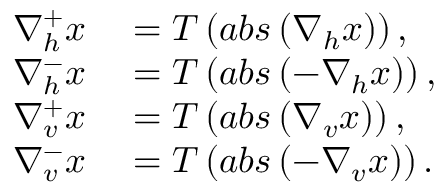
\begin{array} { r l } { \nabla _ { h } ^ { + } \boldsymbol { x } } & { { } = T \left( a b s \left( \nabla _ { h } \boldsymbol { x } \right) \right) , } \\ { \nabla _ { h } ^ { - } \boldsymbol { x } } & { { } = T \left( a b s \left( - \nabla _ { h } \boldsymbol { x } \right) \right) , } \\ { \nabla _ { v } ^ { + } \boldsymbol { x } } & { { } = T \left( a b s \left( \nabla _ { v } \boldsymbol { x } \right) \right) , } \\ { \nabla _ { v } ^ { - } \boldsymbol { x } } & { { } = T \left( a b s \left( - \nabla _ { v } \boldsymbol { x } \right) \right) . } \end{array}